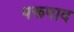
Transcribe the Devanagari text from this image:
परूपाद